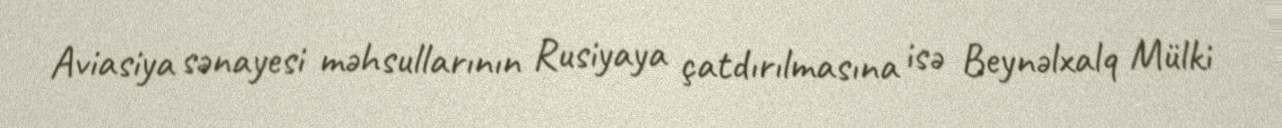
Aviasiya sənayesi məhsullarının Rusiyaya çatdırılmasına isə Beynəlxalq Mülki